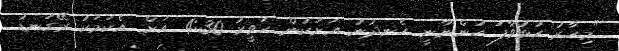
"މިހާރު ހުޅުވާފަ ހުންނާނީ ހެނދުނު އަށަކުން ހަވީރު 4:30 އަށް. އެކަމަކު ރޭގަނޑު